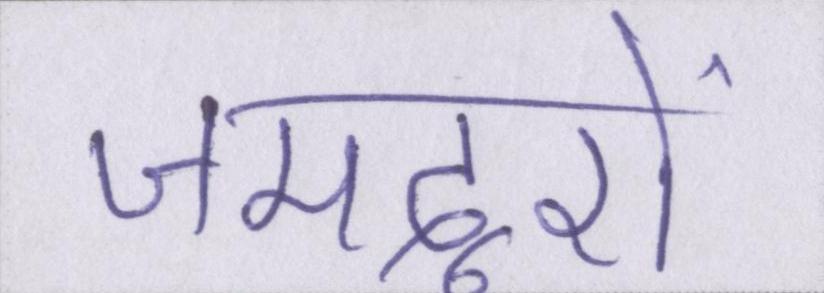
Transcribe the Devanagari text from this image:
जमदूरों